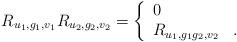
LaTeX: \begin{align*}R_{u_1, g_1, v_1}R_{u_2, g_2, v_2}=\left\{\begin{array}{ll} 0 & \\ R_{u_1, g_1g_2, v_2} & .\end{array}\right.\end{align*}